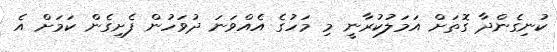
ކުނިގެންދާ ގޮތަށް އަމަލުކުރާނީ މި މަހުގެ އެއްވަނަ ދުވަހުން ފެށިގެން ކަމަށް އެ